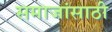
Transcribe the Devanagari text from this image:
समाजांसाठी